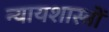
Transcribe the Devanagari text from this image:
न्यायशास्त्रों